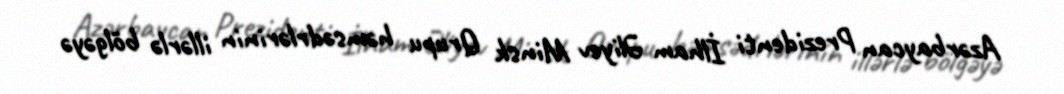
Azərbaycan Prezidenti İlham Əliyev Minsk Qrupu həmsədrlərinin illərlə bölgəyə